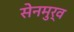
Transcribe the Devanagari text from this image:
सेनमुर्व